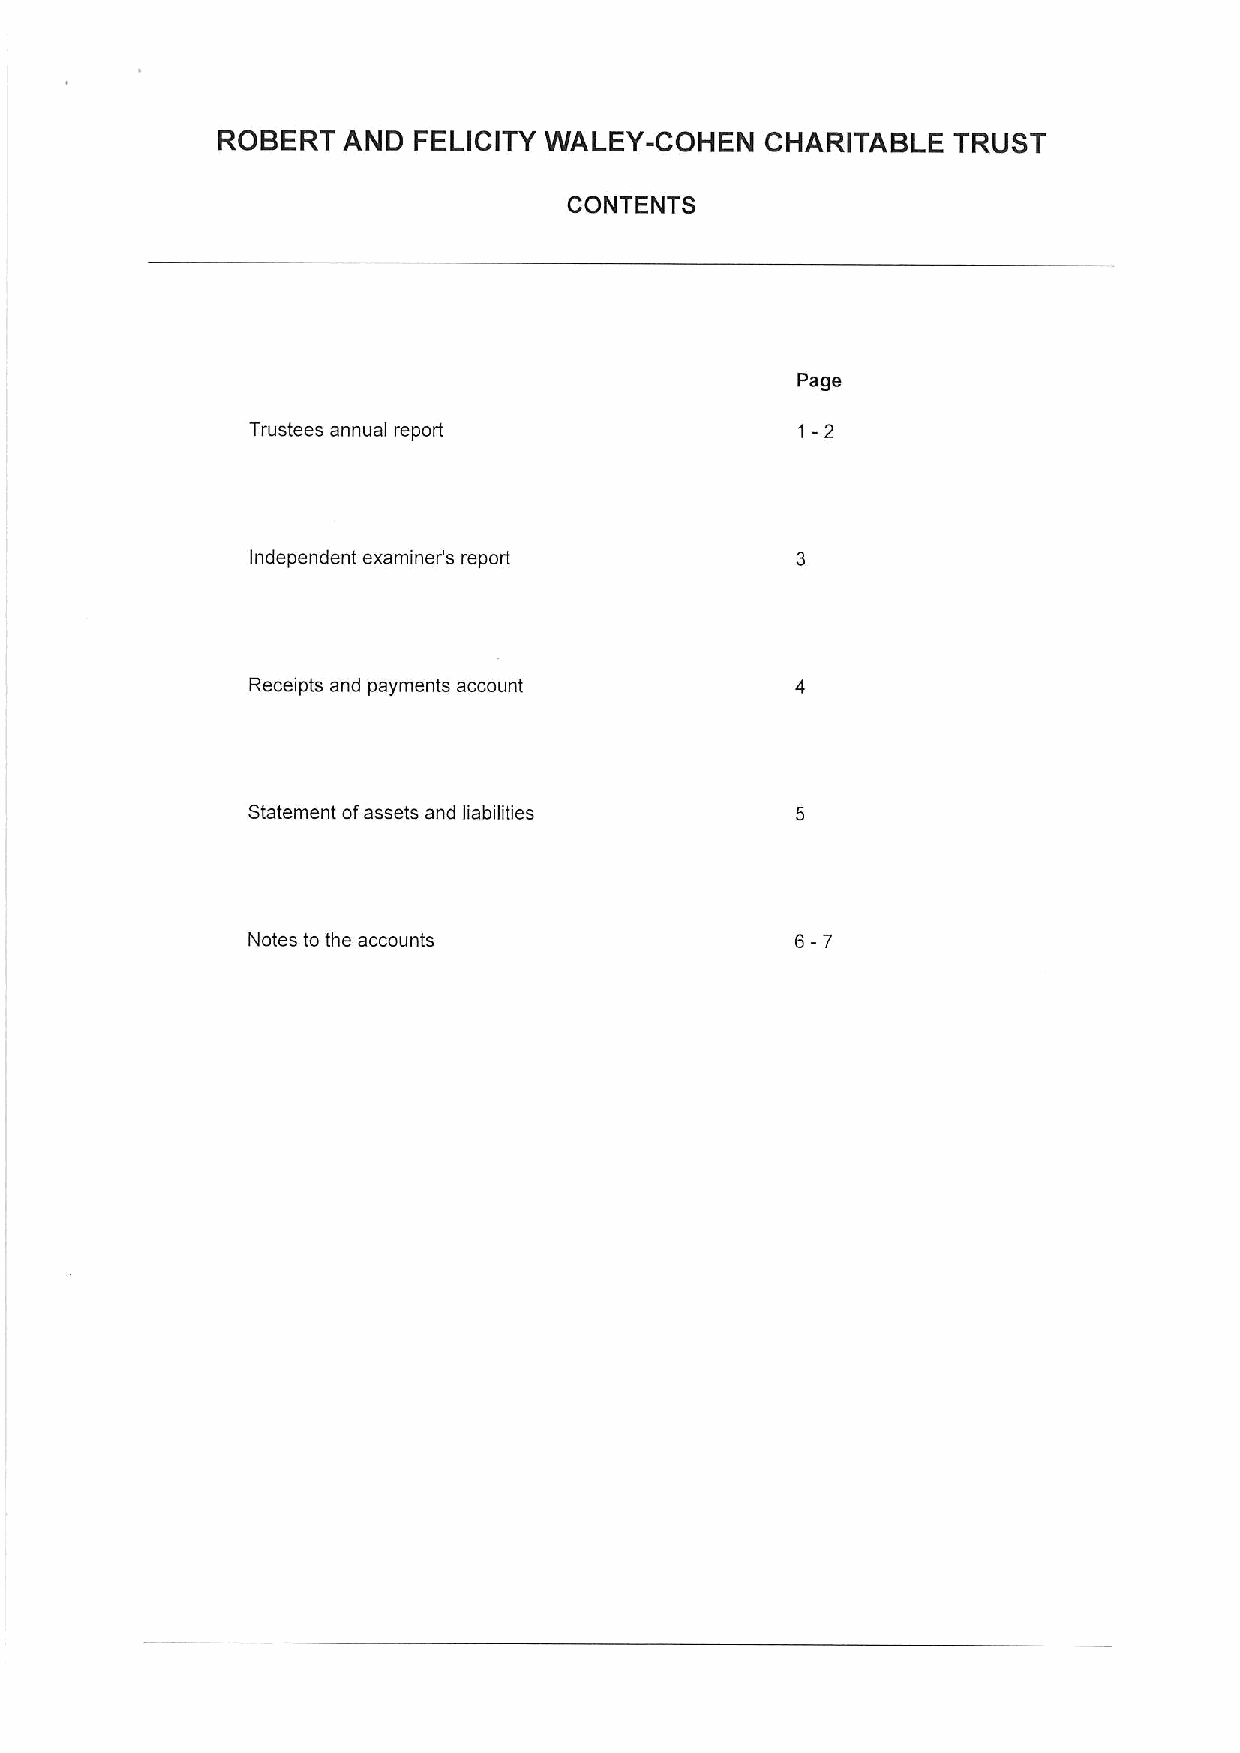
ROBERT   AND FELICITY WALEY-COHEN    CHARITABLE  TRUST
 CONTENTS
 Page
 Trustees annual report               1-2
 Independent examiner's report
 Receipts and payments account
 Statement ofassets and liabilities
 6-7
 Notes to the accounts